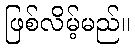
ဖြစ်လိမ့်မည်။